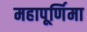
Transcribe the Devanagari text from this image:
महापूर्णिमा